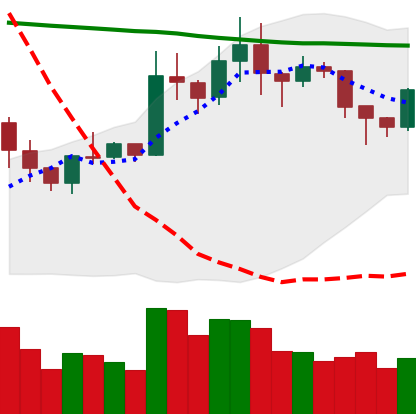
Ticker: XRP-USD
Chart end date: 2020-01-26
Forward return: 3.705%
Label: up_3_5